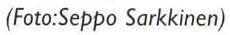
(Foto:Seppo Sarkkinen)